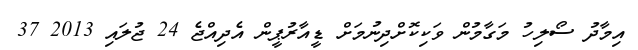
އިމާދު ސޯލިހު މަގާމުން ވަކިކޮށްދިނުމަށް ޑީއާރުޕީން އެދިއްޖެ 24 ޖުލައި 2013 37